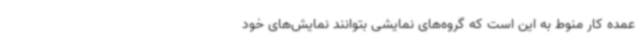
عمده کار منوط به این است که گروه‌های نمایشی بتوانند نمایش‌های خود